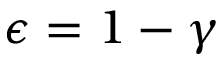
\epsilon = 1 - \gamma